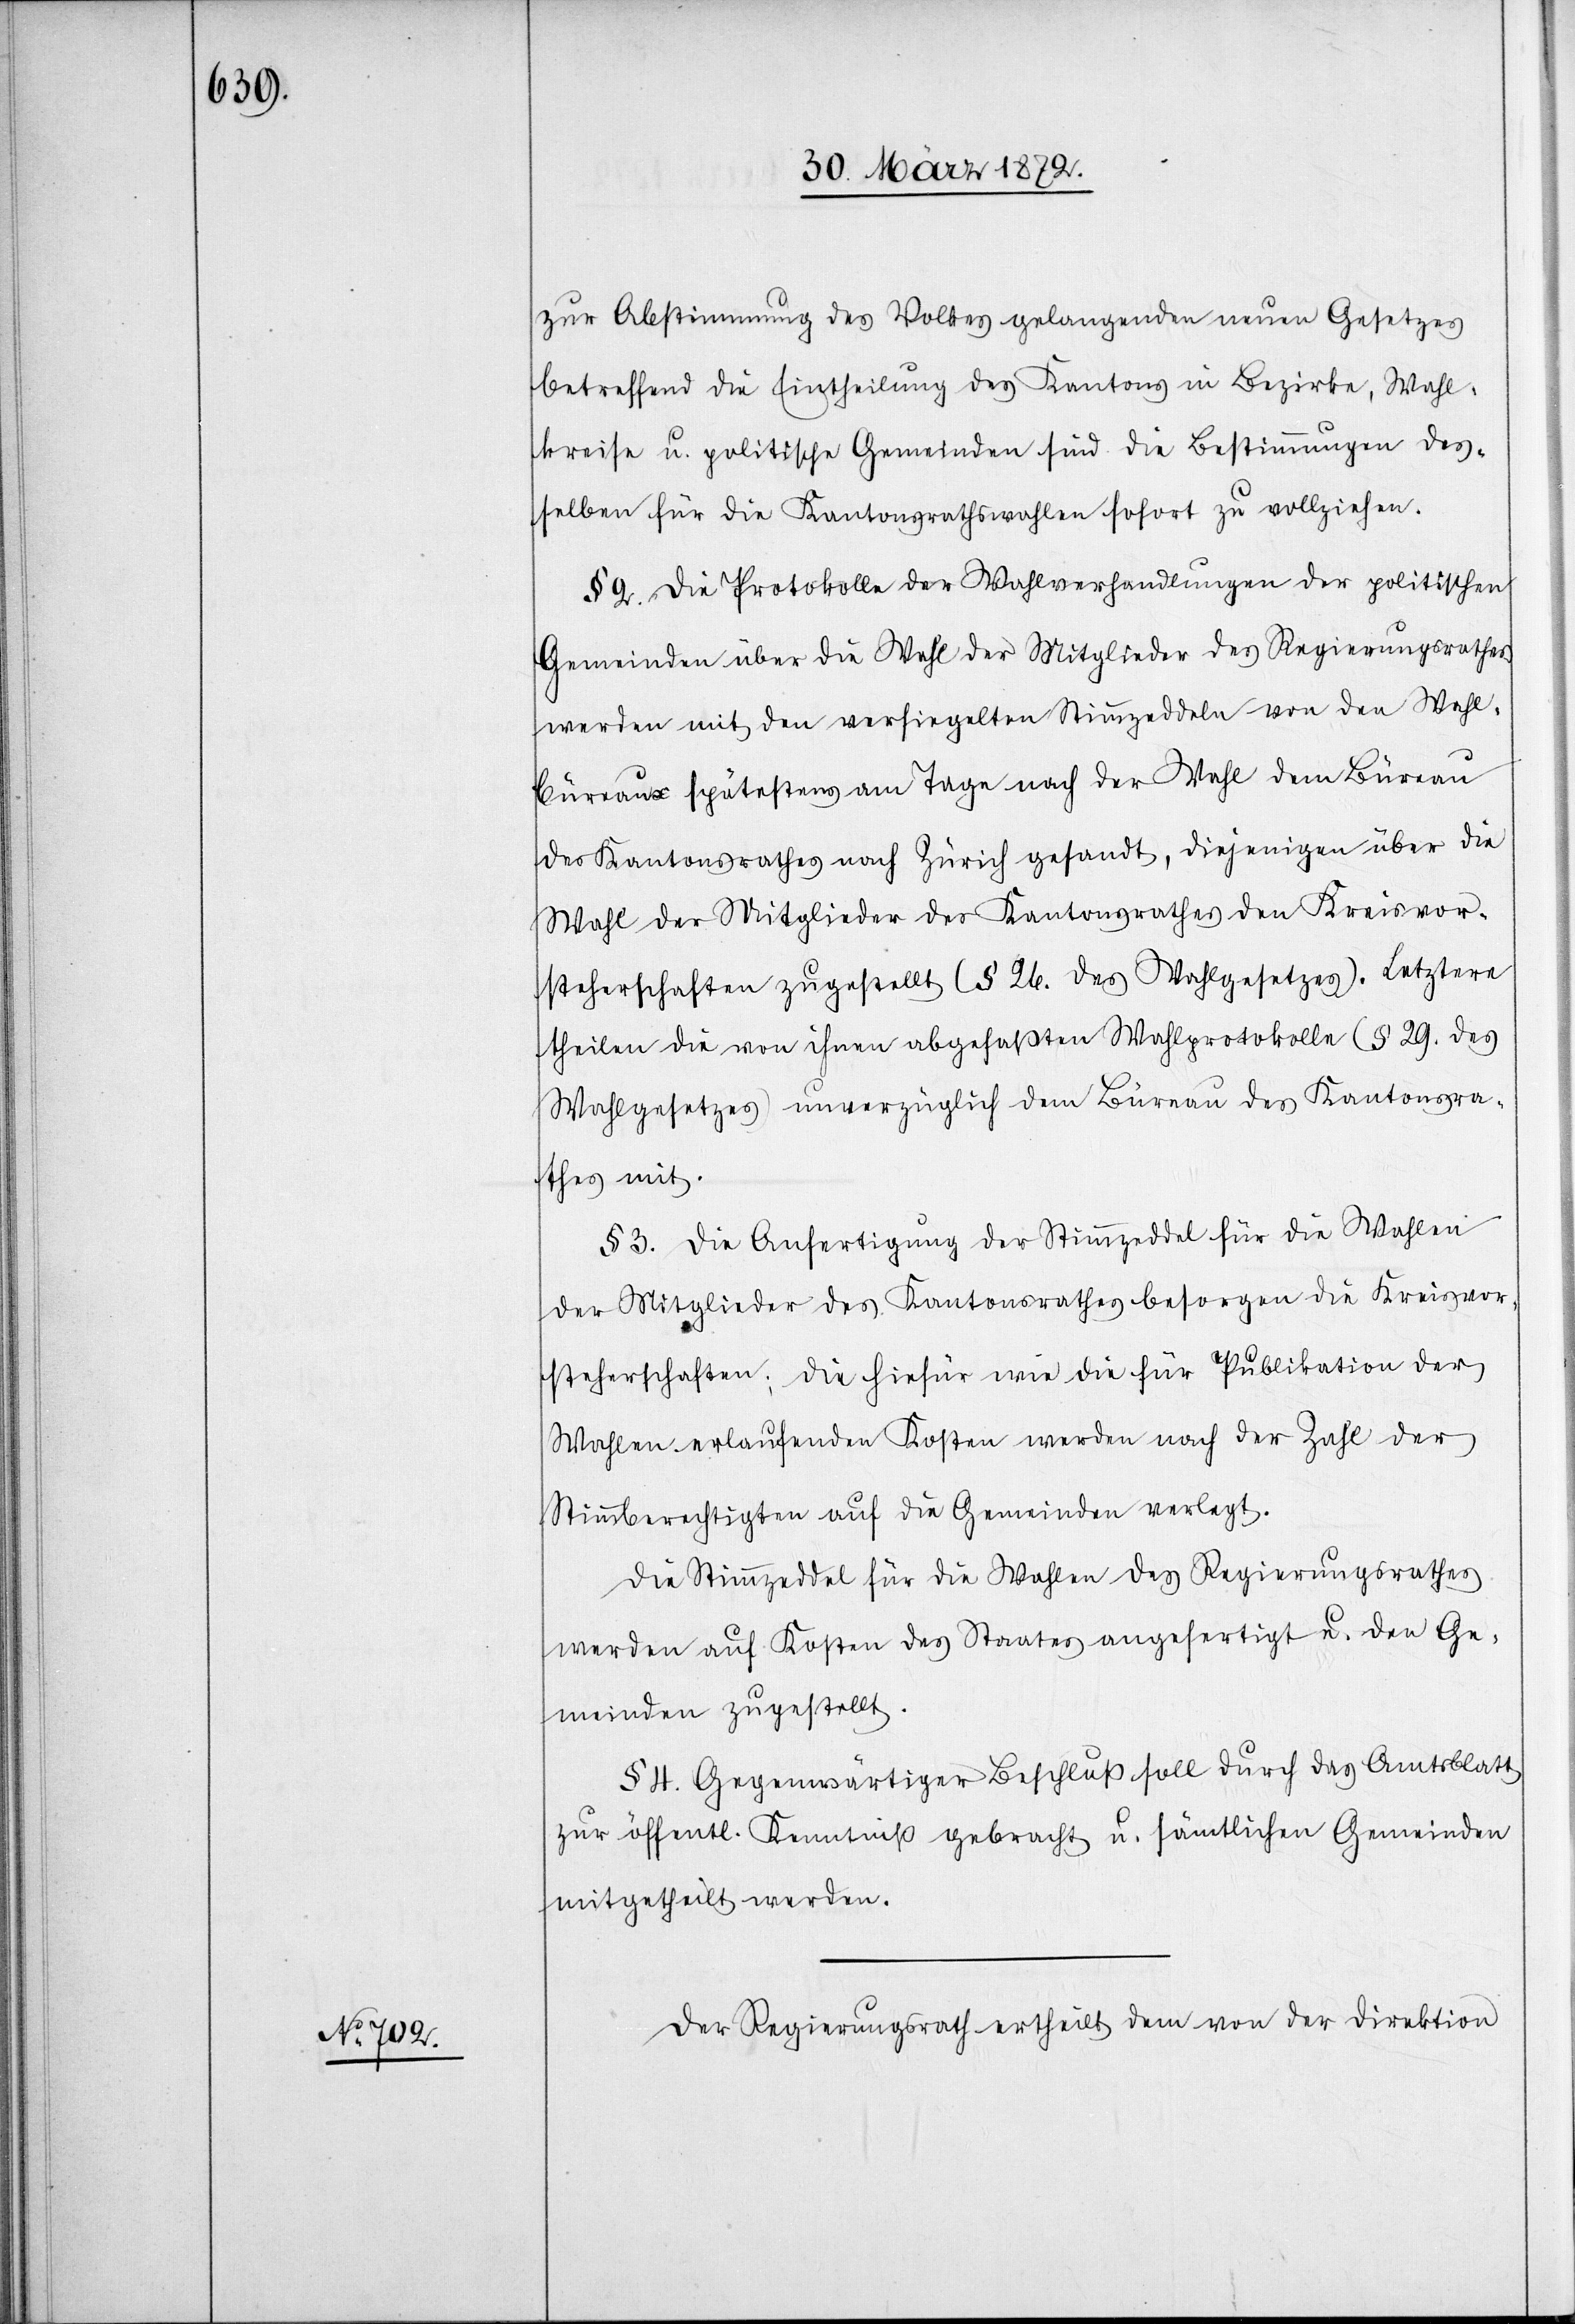
zur Abstimmung des Volkes gelangenden neuen Gesetzes
betreffend die Eintheilung des Kantons in Bezirke, Wahl¬
kreise u. politische Gemeinden sind die Bestimmungen des¬
selben für die Kantonsrathswahlen sofort zu vollziehen.
§ 2. Die Protokolle der Wahlverhandlungen der politischen
Gemeinden über die Wahl der Mitglieder des Regierungsrathes
werden mit den versiegelten Stimmzeddeln von den Wahl¬
büreaux spätestens am Tage nach der Wahl dem Büreau
des Kantonsrathes nach Zürich gesandt, diejenigen über die
Wahl der Mitglieder des Kantonsrathes den Kreisvor¬
steherschaften zugestellt (§ 26. des Wahlgesetzes). Letztere
theilen die von ihnen abgefaßten Wahlprotokolle (§ 29. des
Wahlgesetzes) unverzüglich dem Büreau des Kantonsra¬
thes mit.
§ 3. Die Anfertigung der Stimmzeddel für die Wahlen
der Mitglieder des Kantonsrathes besorgen die Kreisvor¬
steherschaften; die hiefür wie die für Publikation der
Wahlen erlaufenden Kosten werden nach der Zahl der
Stimmberechtigten auf die Gemeinden verlegt.
Die Stimmzeddel für die Wahlen des Regierungsrathes
werden auf Kosten des Staates angefertigt u. den Ge¬
meinden zugestellt.
§ 4. Gegenwärtiger Beschluß soll durch das Amtsblatt
zur öffentl. Kenntniß gebracht u. sämtlichen Gemeinden
mitgetheilt werden.
Der Regierungsrath ertheilt dem von der Direktion